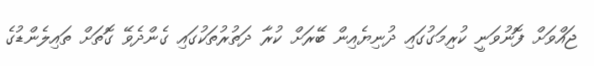
ޖައްވަށް ފޮނުވަނީ ކުރިމަގުގައި ދުނިޔެއިން ބޭރަށް ކުރާ ދަތުރުތަކުގައި ގެންދެވޭ ގޮތަށް ތައިލެންޑުގެ